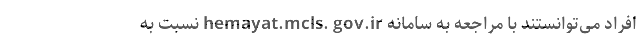
افراد می‌توانستند با مراجعه به سامانه hemayat.mcls. gov.ir نسبت به